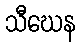
သီဃေန